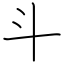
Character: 斗